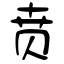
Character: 贲